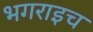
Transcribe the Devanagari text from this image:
भगराइच